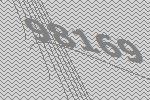
98169